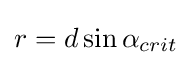
r=d\sin \alpha _{crit}\,\!